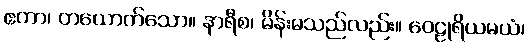
ဧကာ၊ တယောက်သော။ နာရီစ၊ မိန်းမသည်လည်း။ ဝေဠုရိယမယံ၊